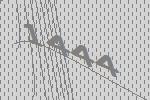
1444